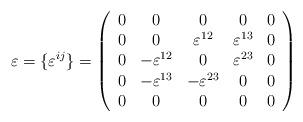
LaTeX: \begin{align*}\varepsilon = \{\varepsilon^{ij} \} = \left(\begin{array}{ccccc}0 & 0 & 0 & 0 & 0 \\0 & 0 & \varepsilon^{12} & \varepsilon^{13} & 0 \\0 & -\varepsilon^{12} & 0 & \varepsilon^{23} & 0 \\0 & -\varepsilon^{13} & -\varepsilon^{23} & 0 & 0 \\0 & 0 & 0 & 0 & 0\end{array}\right)\end{align*}